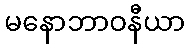
မနောဘာဝနီယာ